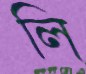
লি